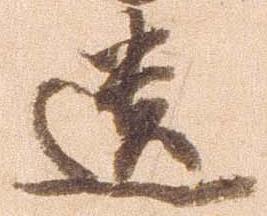
遺